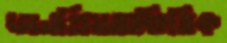
জনপ্রিয়তাভিত্তিক